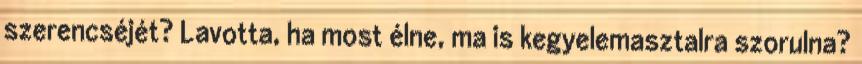
szerencséjét? Lavotta, ha most élne, ma is kegyelemasztalra szorulna?